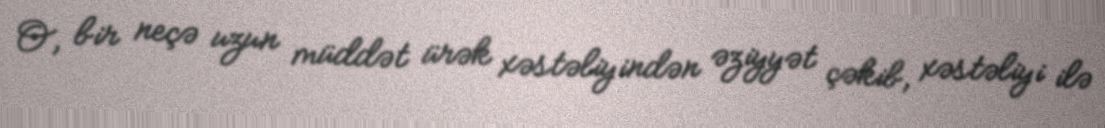
O, bir neçə uzun müddət ürək xəstəliyindən əziyyət çəkib, xəstəliyi ilə